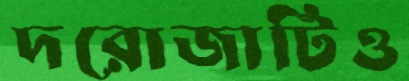
দরোজাটিও